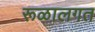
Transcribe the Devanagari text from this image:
रूळालगत